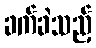
ခက်ခဲသည့်